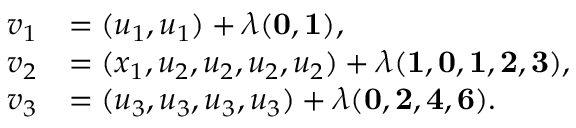
\begin{array} { r l } { v _ { 1 } } & { = ( u _ { 1 } , u _ { 1 } ) + \lambda ( { \mathbf { 0 } } , { \mathbf { 1 } } ) , } \\ { v _ { 2 } } & { = ( x _ { 1 } , u _ { 2 } , u _ { 2 } , u _ { 2 } , u _ { 2 } ) + \lambda ( { \mathbf { 1 } } , { \mathbf { 0 } } , { \mathbf { 1 } } , { \mathbf { 2 } } , \mathbf { 3 } ) , } \\ { v _ { 3 } } & { = ( u _ { 3 } , u _ { 3 } , u _ { 3 } , u _ { 3 } ) + \lambda ( { \mathbf { 0 } } , { \mathbf { 2 } } , { \mathbf { 4 } } , \mathbf { 6 } ) . } \end{array}